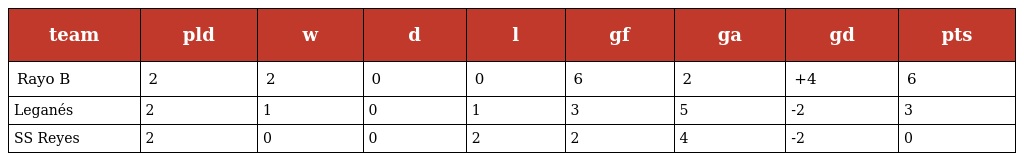
| team | pld | w | d | l | gf | ga | gd | pts |
 | --- | --- | --- | --- | --- | --- | --- | --- | --- |
 | Rayo B | 2 | 2 | 0 | 0 | 6 | 2 | +4 | 6 |
 | Leganés | 2 | 1 | 0 | 1 | 3 | 5 | -2 | 3 |
 | SS Reyes | 2 | 0 | 0 | 2 | 2 | 4 | -2 | 0 |